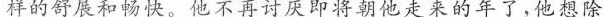
样的舒展和畅快。他不再讨厌即将朝他走来的年了，他想除